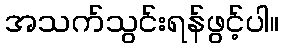
အသက်သွင်းရန်ဖွင့်ပါ။